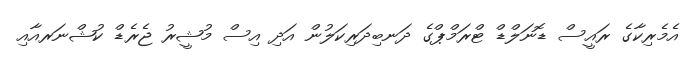
އެމެރިކާގެ ރައީސް ޑޮނަލްޑް ޓްރަމްޕްގެ ދަނބިދަރިކަލުން އަދި އިސް މުޝީރު ޖެރެޑް ކުޝްނަރއާއި